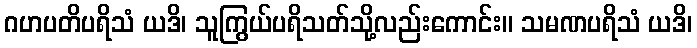
ဂဟပတိပရိသံ ယဒိ၊ သူကြွယ်ပရိသတ်သို့လည်းကောင်း။ သမဏပရိသံ ယဒိ၊